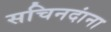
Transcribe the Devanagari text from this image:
सचिनदांना